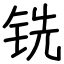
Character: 铣